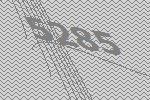
5285